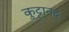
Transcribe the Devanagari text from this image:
कुट्टानद